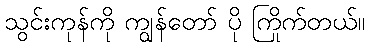
သွင်းကုန်ကို ကျွန်တော် ပို ကြိုက်တယ်။